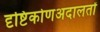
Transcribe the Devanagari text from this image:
दृष्टिकोणअदालतों